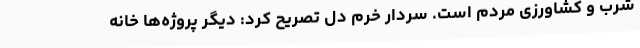
شرب و کشاورزی مردم است. سردار خرم دل تصریح کرد: دیگر پروژه‌ها خانه